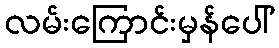
လမ်းကြောင်းမှန်ပေါ်